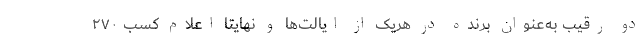
دو رقیب به‌عنوان برنده در هریک از ایالت‌ها و نهایتا اعلام کسب ۲۷۰